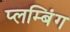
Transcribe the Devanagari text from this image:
प्लम्बिंग